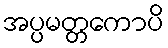
အပ္ပမတ္တကောပိ